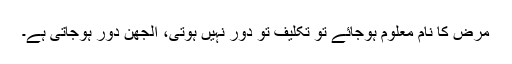
مرض کا نام معلوم ہوجائے تو تکلیف تو دور نہیں ہوتی، الجھن دور ہوجاتی ہے۔